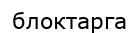
блоктарга